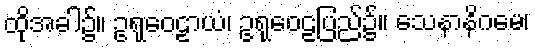
ထိုအခါ၌။ ဥရုဝေဠာယံ၊ ဥရုဝေဠပြည်၌။ သေနာနိဂမေ၊